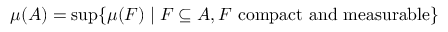
\mu ( A ) = \operatorname* { s u p } \{ \mu ( F ) \mid F \subseteq A , F { \mathrm { ~ c o m p a c t ~ a n d ~ m e a s u r a b l e } } \}